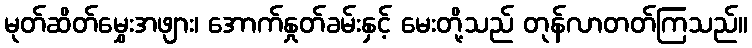
မုတ်ဆိတ်မွှေးအဖျား၊ အောက်နှုတ်ခမ်းနှင့် မေးတို့သည် တုန်လာတတ်ကြသည်။